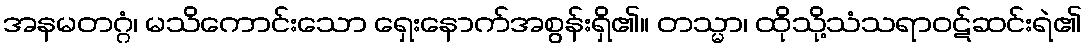
အနမတဂ္ဂံ၊ မသိကောင်းသော ရှေးနောက်အစွန်းရှိ၏။ တသ္မာ၊ ထိုသို့သံသရာဝဋ်ဆင်းရဲ၏